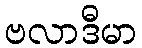
ဗလာဒီမာ